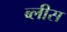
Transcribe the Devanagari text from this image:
ब्लीस